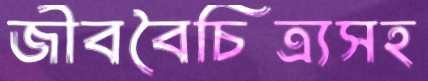
জীববৈচিত্র্যসহ